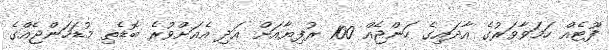
ފޫޓެއް ހަމަވާވަރުގެ އާދައިގެ ހަންޖެއް 100 ރުފިޔާއަށް އަދި އެއަށްވުރެ ބޮޑެތި މުޑަހަންޖެއްގެ